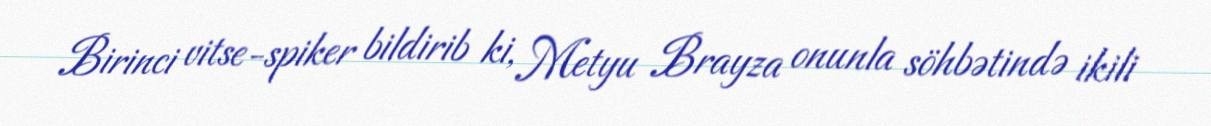
Birinci vitse-spiker bildirib ki, Metyu Brayza onunla söhbətində ikili